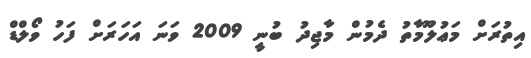
އިތުރަށް މަޢުލޫމާތު ދެމުން މާޖިދު ބުނީ 2009 ވަނަ އަހަރަށް ފަހު ވޯލްޑް